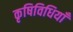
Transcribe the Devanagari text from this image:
कृषिविधियाँ